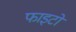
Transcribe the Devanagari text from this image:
फाइटो